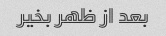
بعد از ظهر بخیر